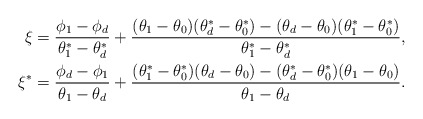
\begin{align*}\xi & = \frac{\phi_1 -\phi_d}{\theta^*_1-\theta^*_d} + \frac{ (\theta_1-\theta_0)(\theta^*_d-\theta^*_0) - (\theta_d-\theta_0)(\theta^*_1-\theta^*_0) }{\theta^*_1-\theta^*_d},\\\xi^* & = \frac{\phi_d -\phi_1}{\theta_1-\theta_d} + \frac{ (\theta^*_1-\theta^*_0)(\theta_d-\theta_0) -(\theta^*_d-\theta^*_0)(\theta_1-\theta_0) }{\theta_1-\theta_d}.\end{align*}